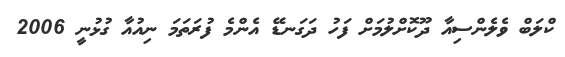
ކްލަބް ވެލެންސިއާ ދޫކޮށްލުމަށް ފަހު ދަގަނޑޭ އެންމެ ފުރަތަމަ ނިއުއާ ގުޅުނީ 2006